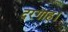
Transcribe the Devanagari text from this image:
दरगाह।